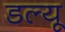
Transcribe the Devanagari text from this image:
डल्यू